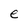
Character: e